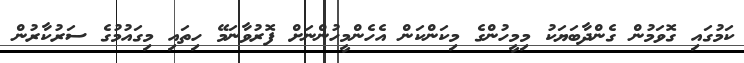
ކަމުގައި ގޮވަމުން ގެންދާބަޔަކު މިމީހުންގެ މިކަންކަން އެހެންމީހުންނަށް ފޮރުވާނަމޭ ހިތައި މިގައުމުގެ ސަރުކާރުން